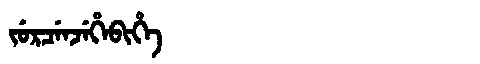
Manchu: ᠵᡠᡵᠴᡝᠨᠵᡝᡥᡝᠪᡳᡥᡝ
Romanization: JURCENJEHEBIHE